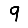
Digit: 9